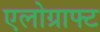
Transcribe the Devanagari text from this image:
एलोग्राफ्ट